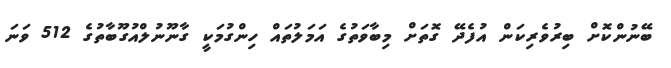
ބޭނުންކޮށް ބިރުވެރިކަން އުފެދޭ ގޮތަށް މިބާވަތުގެ އަމަލުތައް ހިންގުމަކީ ގާނޫނުލްއުގޫބާތުގެ 512 ވަނަ